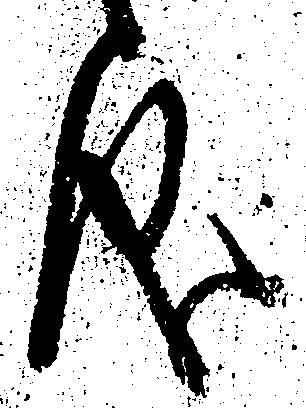
儀